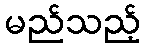
မည်သည့်